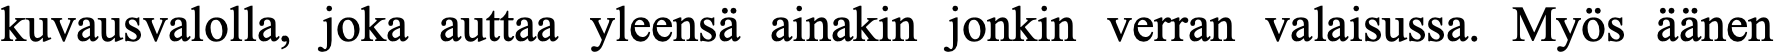
kuvausvalolla, joka auttaa yleensä ainakin jonkin verran valaisussa. Myös äänen